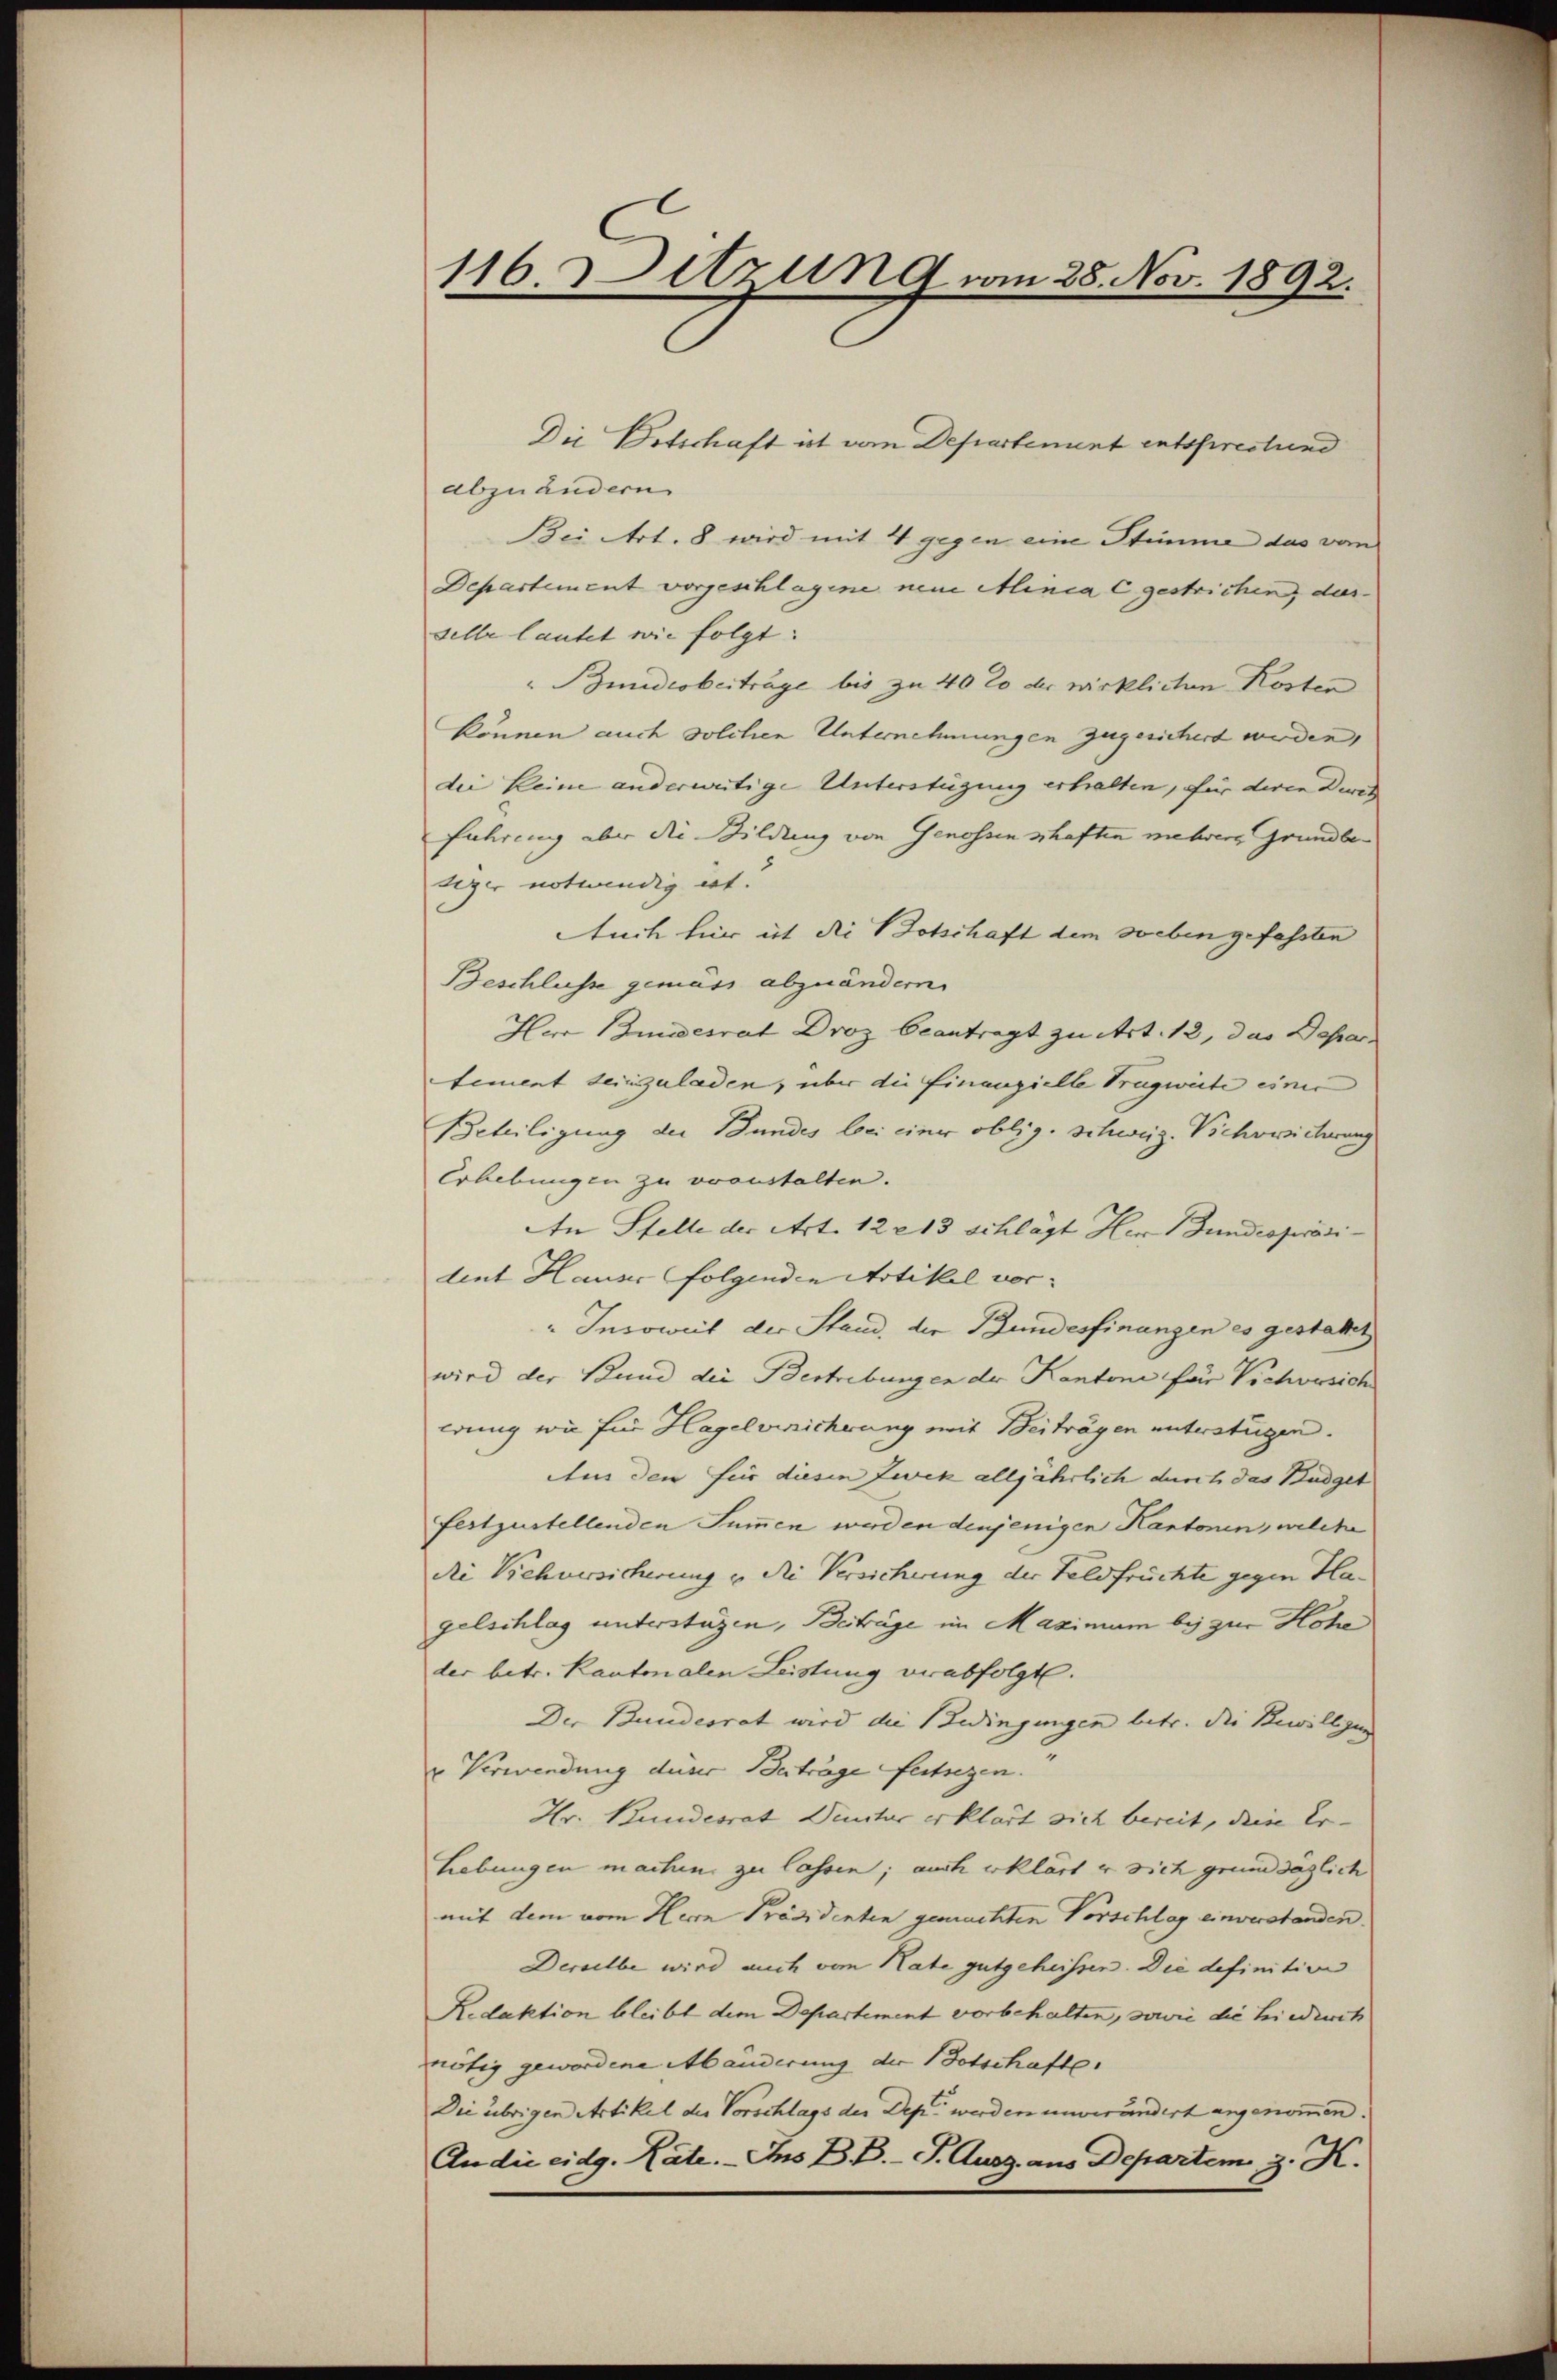
116. 3 etzung vom 28. Nov. 1892.

Die Botschaft ist vom Departement entsprestund
abzuändern
Bei Art. 8 wird mit 4 gegen eine Stimme das vom
Departement vorgeschlagene neue Minia gestrichen, das
selle lautet wie folgt:
Buudroberträge bis zu 40 20 der wirklichen Kosten
können auch solchen Unternehmungen zugesichert werden,
die keine anderweitige Unterstügung erhalten, für deren Direk
Führung aber die Bildung von Genossen schaften mehrere Grundbesizer notwendig ist.
tuch für ist die Botschaft dem soeben gefassten
Beschlusse gemäss abzuändern.
Herr Bundesrat Droz beantragt zu Art. 12, das Depar
Stement seinzuladen, über die Finanzielle Tragweite einer
Beteiligung der Bundes bei einer oblig. Schweiz. Vichowicherung
Erhebungen zu veranstalten.
An Stelle der Art. 122 13 schlägt Herr Bundespräsi-
dent Hauser folgenden Artikel vor-
"Insoweit der Stand, der Bundesfinangen es gestattet
wird der Bund die Bestrebungen der Kantone für Vichversich
erung wie für Hagelversicherung mit Beiträgen unterstügen.
Aus den für diesen Zwek alljährlich durch das Büdget
festzustellenden Summen werden denjenigen Kantonen, welche
die Sehversicherung u die Versicherung der Feldfrüchte gegen Ha
gelschlag unterstützen, Beiträge im Maximum bis zur Hohe
der betr. Kantonalen Leistung verabfolgt.
Der Bundesrat wird die Bedingungen betr. die Bewilligung
u Verwendung deser Beträge festsezen.
Hr. Bundesrat Denitur erklärt sich bereit, dein Er¬
Lebungen machen zu lassen; auch erklärt er sich grundsäglich
mit dem vom Herrn Präsidenten gemachten Vorschlag einverstanden.
Derselbe wird auch vom Rate gutgeheissen. Die definitive
Redaktion bleibt dem Departement vorbehalten, sowie die hiedurch
nötig gewordene Abänderung der Botschafte
Die übrigen Artikel der Vorschlags der Dep. werden unverändert angenommen.
An die eidg. Rate. - Ins B. B. P. Ausg. aus Departem z. K.